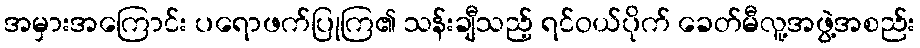
အမှားအကြောင်း ပရောဖက်ပြုကြ၏ သန်းချီသည့် ရင်ဝယ်ပိုက် ခေတ်မီလူ့အဖွဲ့အစည်း